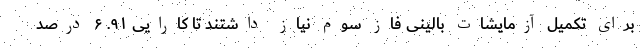
برای تکمیل آزمایشات بالینی فاز سوم نیاز داشتند تا کارایی ۹۱. ۶ درصد